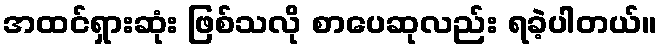
အထင်ရှားဆုံး ဖြစ်သလို စာပေဆုလည်း ရခဲ့ပါတယ်။